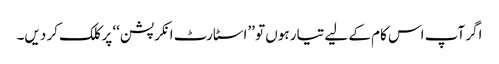
اگر آپ اس کام کے لیے تیار ہوں تو ’’اسٹارٹ انکرپشن‘‘ پر کلک کر دیں۔